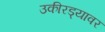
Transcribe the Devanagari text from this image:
उकीरड्यावर